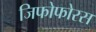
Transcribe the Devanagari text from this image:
जिफोफोरस